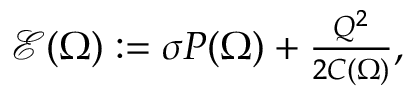
\begin{array} { r } { \mathcal E ( \Omega ) : = \sigma P ( \Omega ) + { \frac { Q ^ { 2 } } { 2 C ( \Omega ) } } , } \end{array}